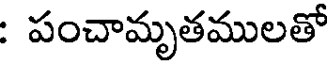
: పంచామృతములతో